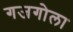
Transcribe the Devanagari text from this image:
गजगोला